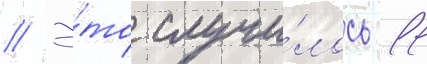
// Э́то случи́лось 11